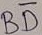
Text: BD